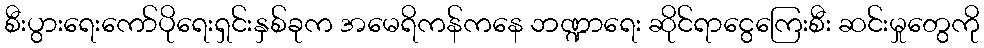
စီးပွားရေးကော်ပိုရေးရှင်းနှစ်ခုက အမေရိကန်ကနေ ဘဏ္ဍာရေး ဆိုင်ရာငွေကြေးစီး ဆင်းမှုတွေကို